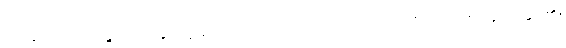
တထူပမော၊ ထိုနွားလားနှင့်တူသော။ အယံပုဂ္ဂလော၊ ဤပုဂ္ဂိုလ်ကို။ ဒဋ္ဌဗ္ဗော၊ မှတ်အပ်၏။